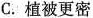
C.植被更密